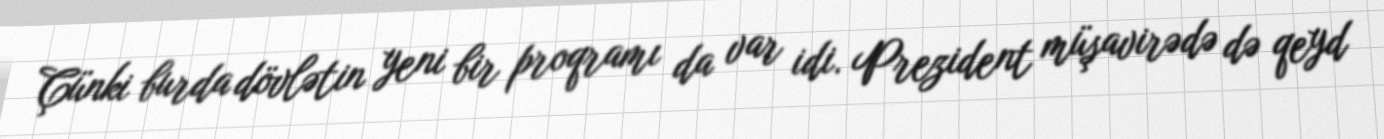
Çünki burda dövlətin yeni bir proqramı da var idi. Prezident müşavirədə də qeyd